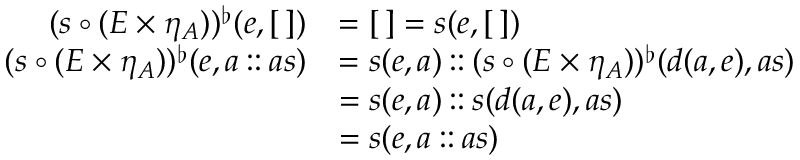
\begin{array} { r l } { ( s \circ ( E \times \eta _ { A } ) ) ^ { \flat } ( e , [ \, ] ) } & { = [ \, ] = s ( e , [ \, ] ) } \\ { ( s \circ ( E \times \eta _ { A } ) ) ^ { \flat } ( e , a \mathbin { : : } a s ) } & { = s ( e , a ) \mathbin { : : } ( s \circ ( E \times \eta _ { A } ) ) ^ { \flat } ( d ( a , e ) , a s ) } \\ & { = s ( e , a ) \mathbin { : : } s ( d ( a , e ) , a s ) } \\ & { = s ( e , a \mathbin { : : } a s ) } \end{array}